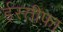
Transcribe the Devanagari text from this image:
ईस्तीफ़ा